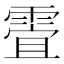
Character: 𲊀